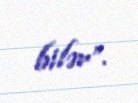
bilər”.